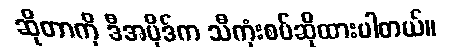
ဆိုတာကို ဒီအပိုဒ်က သီကုံးစပ်ဆိုထားပါတယ်။